Report on sanitation, dispensaries, and jails in Rajputana for 1916, and on vaccination for the year 1916-1917 - 1916-1917
Year: 1916
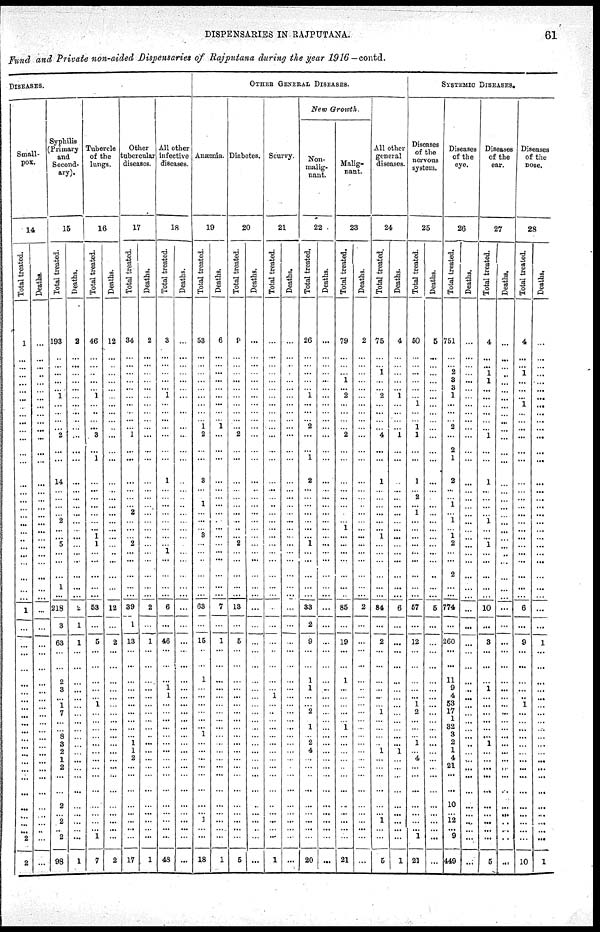
DISPENSARIES IN RAJPUTANA.
61
Fund and Private non-aided Dispensaries of Rajputana during the year 1916—contd.
DISEASES.
Small-
pox.
14
Total treated.
1
...
...
...
...
...
...
...
...
...
...
...
...
...
...
...
...
...
...
...
...
...
...
...
...
...
...
...
1
...
...
...
...
...
...
...
...
...
...
...
... ...
...
...
...
...
...
...
...
...
... 2
2
Deaths.
...
...
...
...
...
...
...
...
...
...
...
...
...
...
...
...
...
...
...
...
...
...
...
...
...
...
...
...
...
...
...
...
...
...
...
...
...
...
...
...
...
...
...
...
...
...
...
...
...
...
...
...
...
Syphilis
(Primary
and
Second-
ary).
15
Total treated.
193
...
...
...
...
... 1
...
...
...
...
2
...
...
14
...
...
...
...
2
...
... 5
...
...
...
1
...
218
3
63
...
...
2
3
...
1
7
...
...
8
3
2
1
2
...
...
2
... 2
... 2
98
Deaths.
2
...
...
...
...
...
...
...
...
...
...
...
...
...
...
...
...
...
...
...
...
...
...
...
...
...
...
...
2
1
1
...
...
...
...
...
...
...
...
...
...
...
...
...
...
...
...
...
...
...
...
...
1
Tubercle
of the
lungs.
16
Total treated.
46
...
...
...
...
...
1
...
...
...
... 3
...
1
...
...
...
...
...
...
...
1
1
...
...
...
...
...
53
...
5
...
...
...
...
...
1
...
...
...
...
...
...
...
...
...
...
...
...
...
... 1
7
Deaths.
12
...
...
...
...
...
...
...
...
...
...
...
...
...
...
...
...
...
...
...
...
...
...
...
...
...
...
...
12
...
2
...
...
...
...
...
...
...
...
...
...
...
...
...
...
...
...
...
...
...
...
...
2
Other
tubercular
diseases.
17
Total treated.
34
...
...
...
...
...
...
...
...
...
...
1
...
...
...
...
...
...
2
...
...
... 2
...
...
...
...
...
39
1
13
...
...
...
...
...
...
...
...
...
...
1
1
2
...
...
...
...
...
...
...
...
17
Deaths.
2
...
...
...
...
...
...
...
...
...
...
...
...
...
...
...
...
...
...
...
...
...
...
...
...
...
...
...
2
...
1
...
...
...
...
...
...
...
...
...
...
...
...
...
...
...
...
...
...
...
...
...
1
All other
infective
diseases.
18
Total treated.
3
...
...
...
...
...
1
...
...
...
...
...
...
...
1
...
...
...
...
...
...
...
...
1
...
...
...
...
6
...
46
...
...
...
1
1
...
...
...
...
...
...
...
...
...
...
...
...
...
...
...
...
48
Deaths.
...
...
...
...
...
...
...
...
...
...
...
...
...
...
...
...
...
...
...
...
...
...
...
...
...
...
...
...
...
...
...
...
...
...
...
...
...
...
...
...
...
...
...
...
...
...
...
...
...
...
...
...
...
OTHER GENERAL DISEASES.
Anæmia.
19
Total treated.
53
...
...
...
...
...
...
...
...
... 1
2
...
...
3
...
... 1
...
...
...
3
...
...
...
...
...
...
63
...
15
...
...
1
...
...
...
...
...
... 1
...
...
...
...
...
...
...
... 1
...
...
18
Deaths.
6
...
...
...
...
...
...
...
...
... 1
...
...
...
...
...
...
...
...
...
...
...
...
...
...
...
...
...
7
...
1
...
...
...
...
...
...
...
...
...
...
...
...
...
...
...
...
...
...
...
...
...
1
Diabetes.
20
Total treated.
9
...
...
...
...
...
...
...
...
...
... 2
...
...
...
...
...
...
...
...
...
... 2
...
...
...
...
...
13
...
5
...
...
...
...
...
...
...
...
...
...
...
...
...
...
...
...
...
...
...
...
...
5
Deaths.
...
...
...
...
...
...
...
...
...
...
...
...
...
...
...
...
...
...
...
...
...
...
...
...
...
...
...
...
...
...
...
...
...
...
...
...
...
...
...
...
...
...
...
...
...
...
...
...
...
...
...
...
...
Scurvy.
21
Total treated.
...
...
...
...
...
...
...
...
...
...
...
...
...
...
...
...
...
...
...
...
...
...
...
...
...
...
...
...
...
...
...
...
...
...
...
1
...
...
...
...
...
...
...
...
...
...
...
...
...
...
...
...
1
Deaths.
...
...
...
...
...
...
...
...
...
...
...
...
...
...
...
...
...
...
...
...
...
...
...
...
...
...
...
...
...
...
...
...
...
...
...
...
...
...
...
...
...
...
...
...
...
...
...
...
...
...
...
...
...
New Growth.
Non-
malig-
nant.
22
Total treated.
26
...
...
...
...
...
1
...
...
... 2
...
...
1
2
...
...
...
...
...
...
... 1
...
...
...
...
...
33
2
9
...
...
1
1
...
... 2
... 1
...
2
4
...
...
...
...
...
...
...
...
...
20
Deaths.
...
...
...
...
...
...
...
...
...
...
...
...
...
...
...
...
...
...
...
...
...
...
...
...
...
...
...
...
...
...
...
...
...
...
...
...
...
...
...
...
...
...
...
...
...
...
...
...
...
...
...
...
...
Malig-
nant.
23
Total treated.
79
...
...
... 1
... 2
...
...
...
...
2
...
...
...
...
...
...
...
...
1
...
...
...
...
...
...
...
85
...
19
...
...
1
...
...
...
...
... 1
...
...
...
...
...
...
...
...
...
...
...
...
21
Deaths.
2
...
...
...
...
...
...
...
...
...
...
...
...
...
...
...
...
...
...
...
...
...
...
...
...
...
...
...
2
...
...
...
...
...
...
...
...
...
...
...
...
...
...
...
...
...
...
...
...
...
...
...
...
All other
general
diseases.
24
Total treated.
75
...
...
1
...
...
2
...
...
...
...
4
...
...
1
...
...
...
...
...
...
1
...
...
...
...
...
...
84
...
2
...
...
...
...
...
...
1
...
...
...
...
1
...
...
...
...
...
... 1
...
...
5
Deaths.
4
...
...
...
...
...
1
...
...
...
...
1
...
...
...
...
...
...
...
...
...
...
...
...
...
...
...
...
6
...
...
...
...
...
...
...
...
...
...
...
...
...
1
...
...
...
...
...
...
...
...
...
1
SYSTEMIC DISEASES.
Diseases
of the
nervous
system.
25
Total treated.
50
...
...
...
...
...
...
1
...
... 1 1
...
...
1
... 2
...
1
...
...
...
...
...
...
...
...
...
57
...
12
...
...
...
...
...
1
2
...
...
...
1
...
4
...
...
...
...
...
...
... 1
21
Deaths.
5
...
...
...
...
...
...
...
...
...
...
...
...
...
...
...
...
...
...
...
...
...
...
...
...
...
...
...
5
...
...
...
...
...
...
...
...
...
...
...
...
...
...
...
...
...
...
...
...
...
...
...
...
Diseases
of the
eye.
26
Total treated.
751
...
... 2
3
3
1
...
...
... 2
...
2
1
2
...
...
1
...
1
...
1 2
...
...
2
...
...
774
...
260
...
...
11
9
4
53
17
1
32
3
2
1
4
21
...
...
10
...
12
... 9
449
Deaths.
...
...
...
...
...
...
...
...
...
...
...
...
...
...
...
...
...
...
...
...
...
...
...
...
...
...
...
...
...
...
...
...
...
...
...
...
...
...
...
...
...
...
...
...
...
...
...
...
...
...
...
...
...
Diseases
of the
ear.
27
Total treated.
4
...
... 1
1
...
...
...
...
...
... 1
...
...
1
...
...
...
...
1
...
... 1
...
...
...
...
...
10
...
3
...
...
...
1
...
...
...
...
...
...
1
...
...
...
...
...
...
...
...
...
...
5
Deaths.
...
...
...
...
...
...
...
...
...
...
...
...
...
...
...
...
...
...
...
...
...
...
...
...
...
...
...
...
...
...
...
...
...
...
...
...
...
...
...
...
...
...
...
...
...
...
...
...
...
...
...
...
...
Diseases
of the
nose.
28
Total treated.
4
...
... 1
...
...
...
1
...
...
...
...
...
...
...
...
...
...
...
...
...
...
...
...
...
...
...
...
6
...
9 ... ... ... ... ... 1 ... ... ... ... ... ... ... ... ... ... ... ... ... ...
...
10
Deaths.
...
...
...
...
...
...
...
...
...
...
...
...
...
...
...
...
...
...
...
...
...
...
...
...
...
...
...
...
...
...
1
...
...
...
...
...
...
...
...
...
...
...
...
...
...
...
...
...
...
...
...
...
1